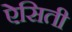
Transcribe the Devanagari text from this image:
ऐसिती